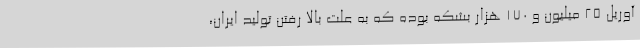
آوریل ۲۵ میلیون و ۱۷۰ هزار بشکه بوده که به علت بالا رفتن تولید ایران،